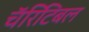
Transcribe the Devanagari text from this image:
चॅरिटिबल